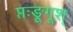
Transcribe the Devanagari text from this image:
प्तःङूगूश्